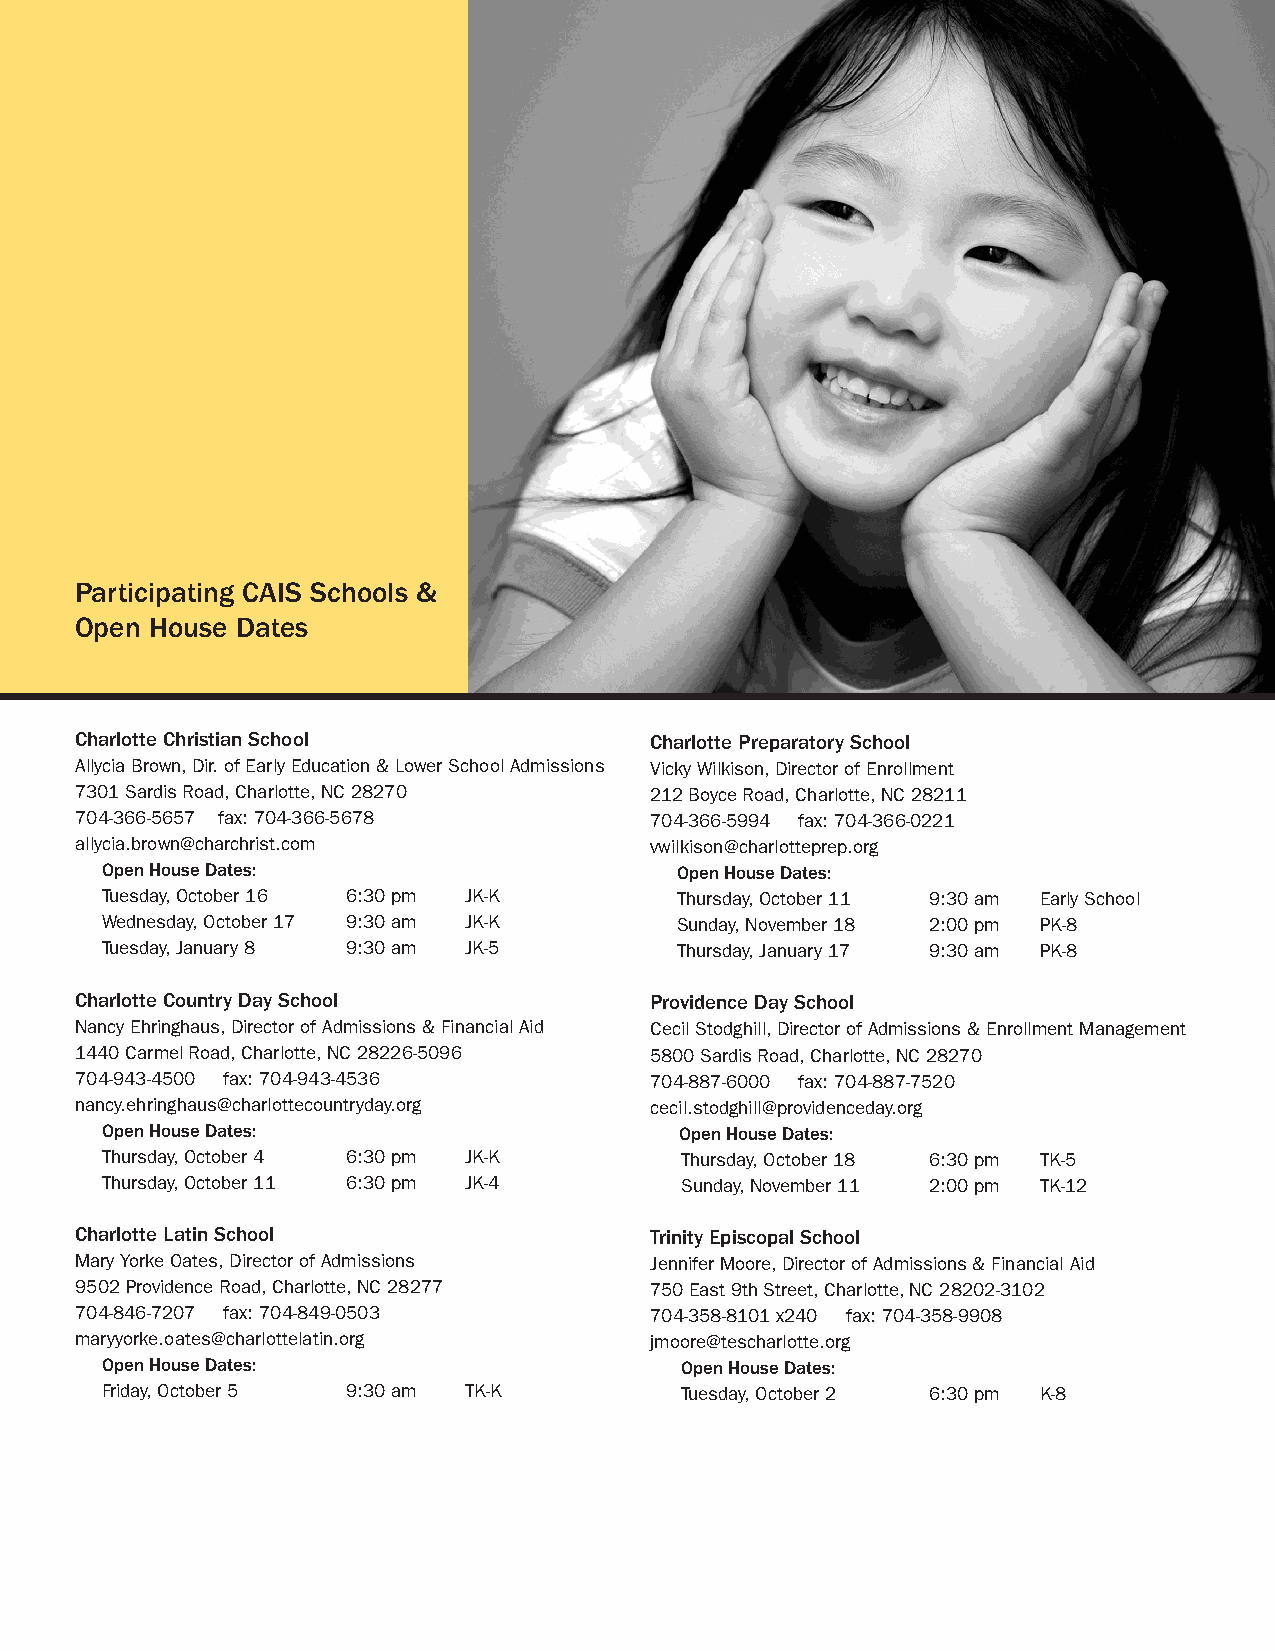
Participating CAIS Schools &
 Open House Dates
 Charlotte Christian School            Charlotte Preparatory School
 Allycia Brown, Dir. of Early Education & Lower School Admissions Vicky Wilkison, Director of Enrollment
 7301 Sardis Road, Charlotte, NC 28270 212 Boyce Road, Charlotte, NC 28211
 704-366-5657 fax: 704-366-5678        704-366-5994 fax: 704-366-0221
 allycia.brown@charchrist.com          vwilkison@charlotteprep.org
 Open House Dates:                     Open House Dates:
 Tuesday, October 16 6:30 pm JK-K      Thursday, October 11 9:30 am Early School
 Wednesday, October 17 9:30 am JK-K    Sunday, November 18 2:00 pm PK-8
 Tuesday, January 8 9:30 am JK-5       Thursday, January 17 9:30 am PK-8
 Charlotte Country Day School          Providence Day School
 Nancy Ehringhaus, Director of Admissions & Financial Aid Cecil Stodghill, Director of Admissions & Enrollment Management
 1440 Carmel Road, Charlotte, NC 28226-5096 5800 Sardis Road, Charlotte, NC 28270
 704-943-4500 fax: 704-943-4536        704-887-6000 fax: 704-887-7520
 nancy.ehringhaus@charlottecountryday.org cecil.stodghill@providenceday.org
 Open House Dates:                     Open House Dates:
 Thursday, October 4 6:30 pm JK-K      Thursday, October 18 6:30 pm TK-5
 Thursday, October 11 6:30 pm JK-4     Sunday, November 11 2:00 pm TK-12
 Charlotte Latin School                Trinity Episcopal School
 Mary Yorke Oates, Director of Admissions Jennifer Moore, Director of Admissions & Financial Aid
 9502 Providence Road, Charlotte, NC 28277 750 East 9th Street, Charlotte, NC 28202-3102
 704-846-7207 fax: 704-849-0503        704-358-8101 x240 fax: 704-358-9908
 maryyorke.oates@charlottelatin.org    jmoore@tescharlotte.org
 Open House Dates:                     Open House Dates:
 Friday, October 5 9:30 am TK-K        Tuesday, October 2 6:30 pm K-8